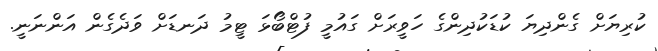
ކުރިޔަށް ގެންދިޔަ ކުޑަކުދިންގެ ހަވީރަށް ގައުމީ ފުޓްބޯޅަ ޓީމު ދަނޑަށް ވަދެގެން އަންނަނީ.